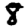
Digit: 8